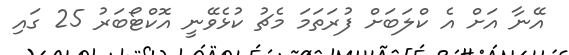
އޭނާ އަށް އެ ކްލަބަށް ފުރަތަމަ މެޗު ކުޅެވޭނީ އޮކްޓޯބަރު 25 ގައި